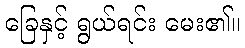
ခြေနှင့် ရွယ်ရင်း မေး၏။